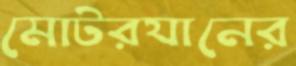
মোটরযানের